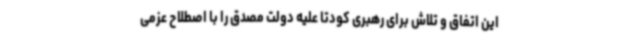
این اتفاق و تلاش برای رهبری کودتا علیه دولت مصدق را با اصطلاح عزمی